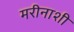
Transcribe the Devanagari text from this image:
मरीनाशी